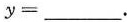
$$y =$$___.